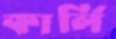
কার্লি